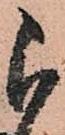
被